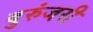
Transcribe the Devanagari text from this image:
वुरुंजरी